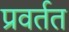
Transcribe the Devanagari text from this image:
प्रवर्तत